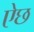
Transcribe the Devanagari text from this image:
ऐछ